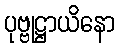
ပုဗ္ဗုဋ္ဌာယိနော